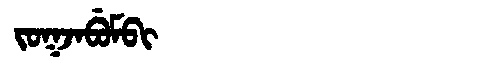
Manchu: ᠵᠣᡴᠵᠠᠪᡠᠮᠪᡳ
Romanization: JOKJABUMBI